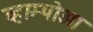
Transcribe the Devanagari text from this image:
व्हाम्पोआ